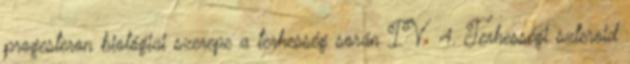
progesteron biológiai szerepe a terhesség során IV 4. Terhességi szteroid